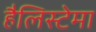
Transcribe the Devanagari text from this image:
हैलिस्टेमा